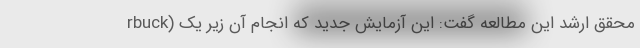
rbuck) محقق ارشد این مطالعه گفت: این آزمایش جدید که انجام آن زیر یک